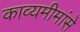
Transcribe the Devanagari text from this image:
काव्यमीमांसे